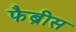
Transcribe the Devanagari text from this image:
फैब्रीस